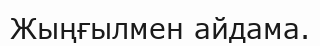
Жыңғылмен айдама.